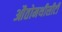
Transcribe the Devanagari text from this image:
औतोमथीसीटी